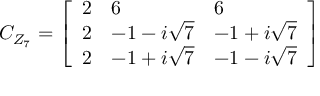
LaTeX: C _ { Z _ { 7 } } = \left[ \begin{array} { l l l } { { 2 } } & { { 6 } } & { { 6 } } \\ { { 2 } } & { { { { - 1 - i \sqrt { 7 } } } } } & { { { { - 1 + i \sqrt { 7 } } } } } \\ { { 2 } } & { { { { - 1 + i \sqrt { 7 } } } } } & { { { { - 1 - i \sqrt { 7 } } } } } \end{array} \right]